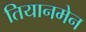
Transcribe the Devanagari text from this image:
तियानमेन